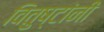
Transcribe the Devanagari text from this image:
वितुष्टांनी